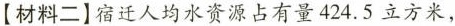
【材料二】宿迁人均水资源占有量424.5立方米，